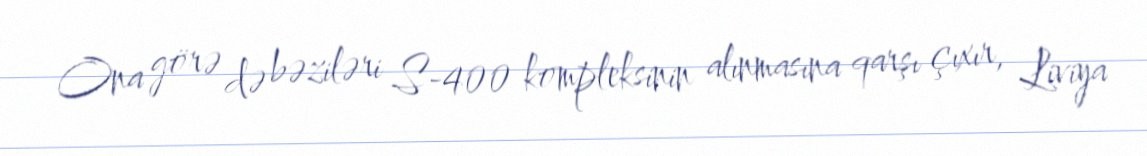
Ona görə də bəziləri S-400 kompleksinin alınmasına qarşı çıxır, Liviya